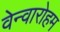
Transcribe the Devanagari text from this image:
वेन्वारोहम